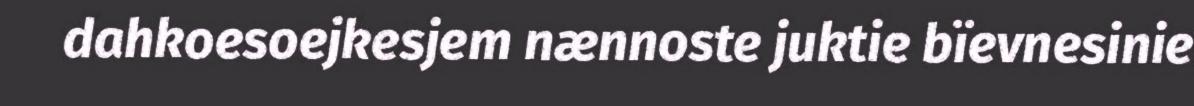
dahkoesoejkesjem nænnoste juktie bïevnesinie